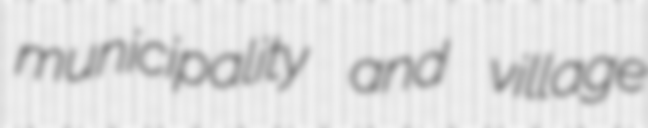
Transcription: municipality and village